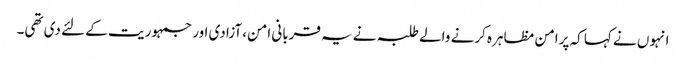
انہوں نے کہا کہ پرامن مظاہرہ کرنے والے طلبہ نے یہ قربانی امن، آزادی اور جمہوریت کے لئے دی تھی۔